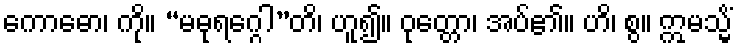
ကောဓော၊ ကို။ “မဓုရဂ္ဂေါ”တိ၊ ဟူ၍။ ဝုတ္တော၊ အပ်၏။ ဟိ၊ စွ။ ဣမသ္မိံ